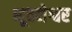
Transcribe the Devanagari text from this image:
भूवनेश्वर